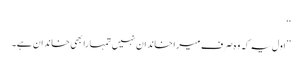
‘‘
’’اول یہ کہ وہ صرف میرا خاندان نہیں تمہارا بھی خاندان ہے۔